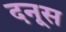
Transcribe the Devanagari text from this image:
दनूस